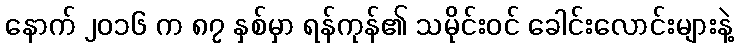
နောက် ၂၀၁၆ က ၈၇ နှစ်မှာ ရန်ကုန်၏ သမိုင်းဝင် ခေါင်းလောင်းများနဲ့